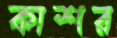
কাশর